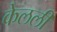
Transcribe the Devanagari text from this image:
केलली